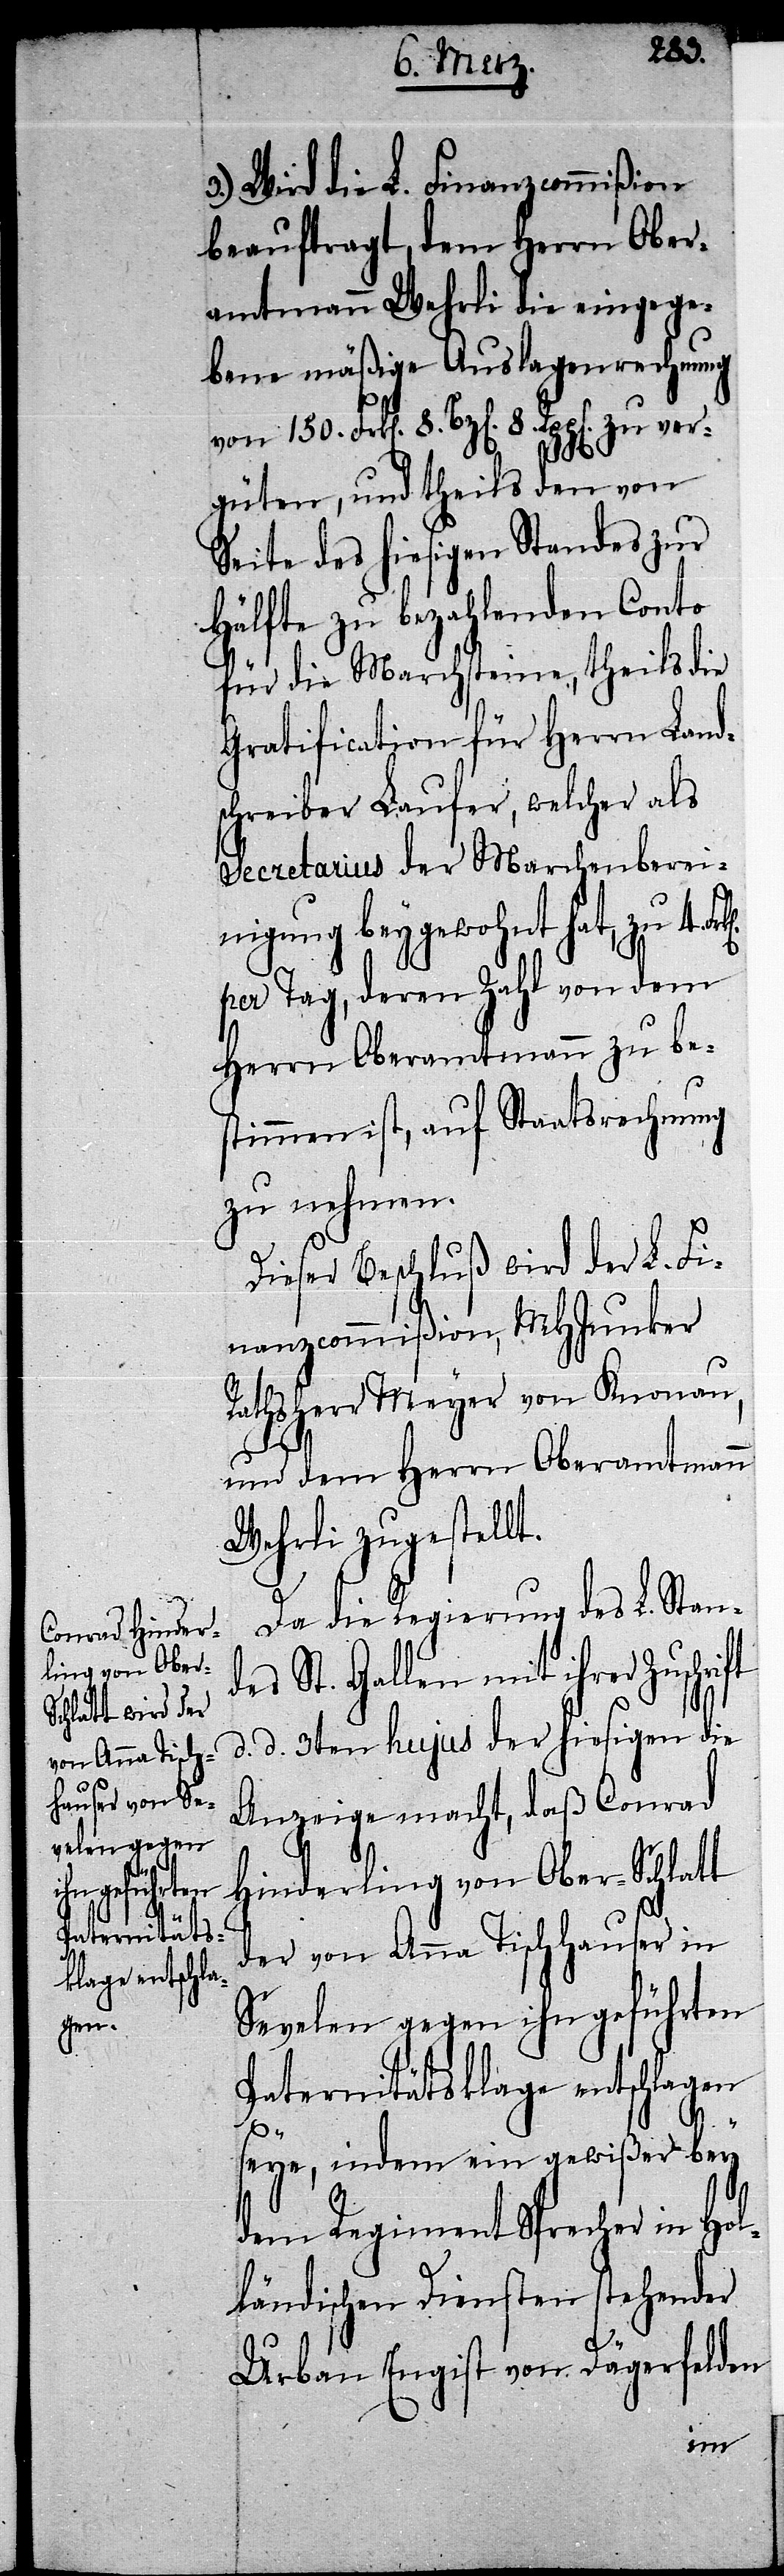
3.) Wird die L. Finanzcommißion
beauftragt, dem Herrn Ober¬
amtmann Wehrli die eingege¬
bene mäßige Auslagenrechnung
ver¬
güten, und theils den von
Seite des hiesigen Standes zur
Hälfte zu bezahlenden Conto
für die Marchsteine, theils die
Gratification für Herrn Land¬
schreiber Laufer, welcher als
Secretarius der Marchenberei¬
nigung beygewohnt hat, zu 4.
per Tag, deren Zahl von dem
Herrn Oberamtmann zu be¬
stimmen ist, auf Staatsrechnung
zu nehmen.
Dieser Beschluß wird der L. Fi¬
nanzcommißion, MHJunker
Rathsherr Meyer von Knonau,
und dem Herrn Oberamtmann
Wehrli zugestellt.
Da die Regierung des L. Stan¬
des St. Gallen mit ihrer Zuschri¬
d. d. 3ten hujus der hiesigen die
Anzeige macht, daß Conrad
Hinderling von Ober-Schlatt
der von Anna Tischhauser in
Sevelen gegen ihn geführten
Paternitätsklage entschlagen
ft
seye, indem ein gewißer bey
dem Regiment Sprecher in Hol¬
ländischen Diensten stehender
Urban Engist von Dägerfelden